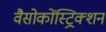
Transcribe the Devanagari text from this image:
वैसोकोंस्ट्रिक्शन